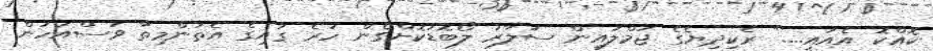
ކޮއްކޮ އެއައީ...." ރެކިދިޔެގެ ޖުމްލައިން ސަލާރު ލޯބޮޑުކޮށްގެން ހުރެ ގައިގެ އެތަންމިތާ ވަސްއަހަން